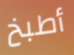
أطبخ